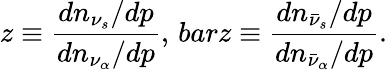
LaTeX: z\equiv{\frac{dn_{\nu_{s}}/dp}{dn_{\nu_{\alpha}}/dp}},\, barz\equiv{\frac{dn_{\bar{\nu}_{s}}/dp}{dn_{\bar{\nu}_{\alpha}}/dp}}.